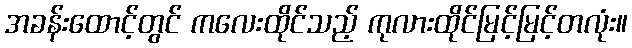
အခန်းထောင့်တွင် ကလေးထိုင်သည့် ကုလားထိုင်မြင့်မြင့်တလုံး။